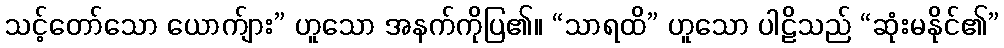
သင့်တော်သော ယောက်ျား” ဟူသော အနက်ကိုပြ၏။ “သာရထိ” ဟူသော ပါဠိသည် “ဆုံးမနိုင်၏”